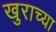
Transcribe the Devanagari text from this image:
खुराच्या